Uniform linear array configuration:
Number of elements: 12
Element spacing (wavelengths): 0.25
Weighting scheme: hann
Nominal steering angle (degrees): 45
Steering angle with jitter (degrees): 46.497
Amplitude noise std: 0.05
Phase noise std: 0.05

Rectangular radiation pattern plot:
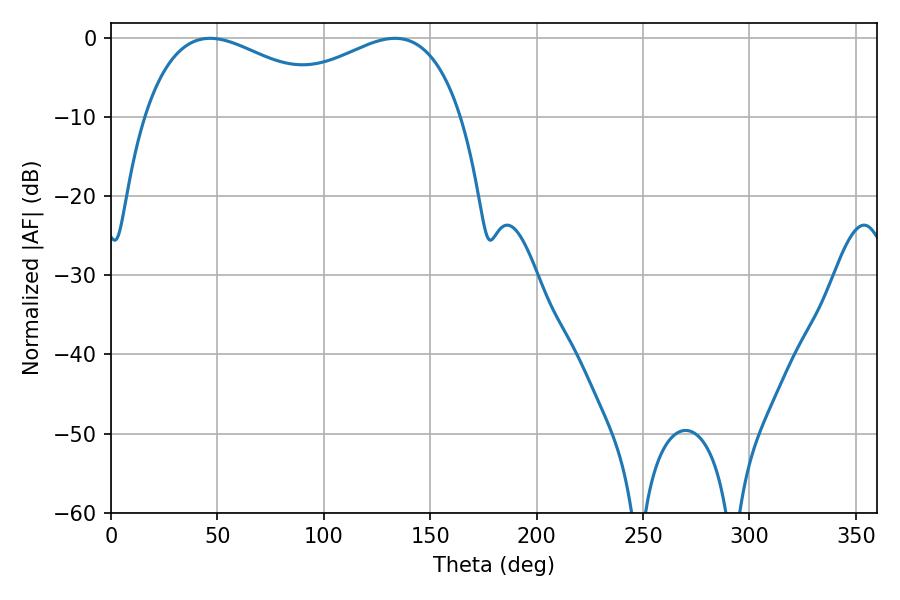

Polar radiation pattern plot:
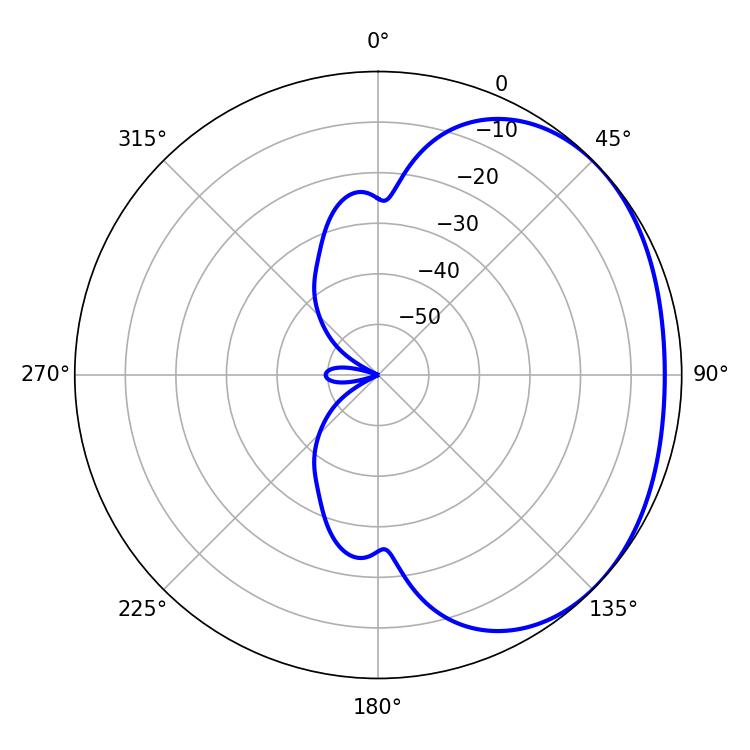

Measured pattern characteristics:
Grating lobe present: FALSE
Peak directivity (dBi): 1.831
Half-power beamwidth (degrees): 52.56
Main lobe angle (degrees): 46.62